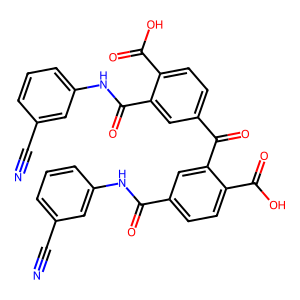
SMILES: N#Cc1cccc(NC(=O)c2ccc(C(=O)O)c(C(=O)c3ccc(C(=O)O)c(C(=O)Nc4cccc(C#N)c4)c3)c2)c1
Inhibits HIV replication: No